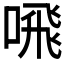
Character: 𫫁